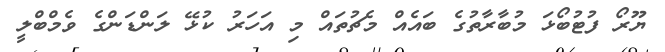
ޔޫރޯ ފުޓުބޯޅަ މުބާރާތުގެ ބައެއް މެޗުތައް މި އަހަރު ކުޅޭ ލަންޑަންގެ ވެމްބްލީ